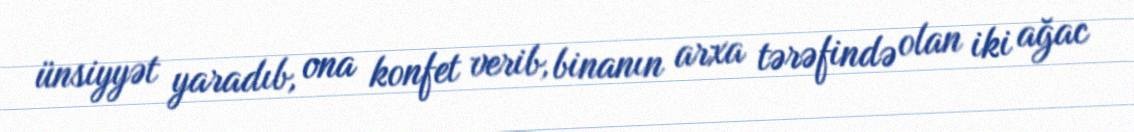
ünsiyyət yaradıb, ona konfet verib, binanın arxa tərəfində olan iki ağac